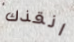
انقذك